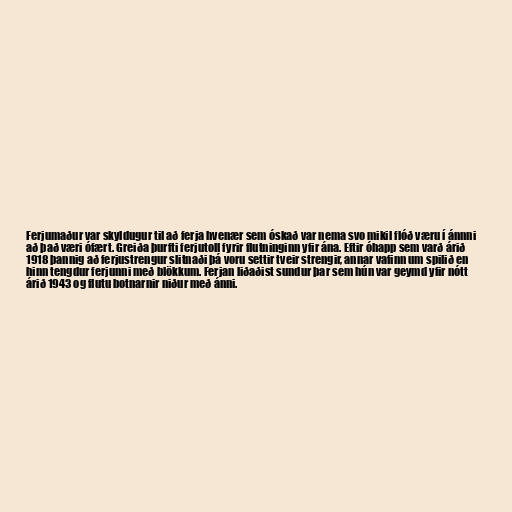
Ferjumaður var skyldugur til að ferja hvenær sem óskað var nema svo mikil flóð væru í ánnni
að það væri ófært. Greiða þurfti ferjutoll fyrir flutninginn yfir ána. Eftir óhapp sem varð árið
1918 þannig að ferjustrengur slitnaði þá voru settir tveir strengir, annar vafinn um spilið en
hinn tengdur ferjunni með blökkum. Ferjan liðaðist sundur þar sem hún var geymd yfir nótt
árið 1943 og flutu botnarnir niður með ánni.